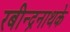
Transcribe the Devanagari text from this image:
रबीन्द्रनाथके